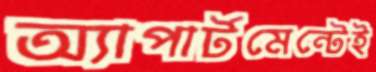
অ্যাপার্টমেন্টেই